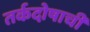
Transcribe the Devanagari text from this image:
तर्कदोषाची